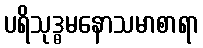
ပရိသုဒ္ဓမနောသမာစာရာ